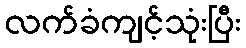
လက်ခံကျင့်သုံးပြီး